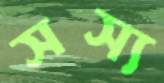
সস্য